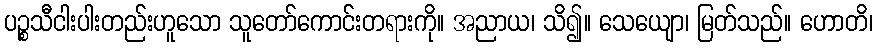
ပဉ္စသီငါးပါးတည်းဟူသော သူတော်ကောင်းတရားကို။ အညာယ၊ သိ၍။ သေယျော၊ မြတ်သည်။ ဟောတိ၊